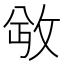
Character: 𫾮